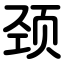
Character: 颈